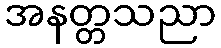
အနတ္တသညာ